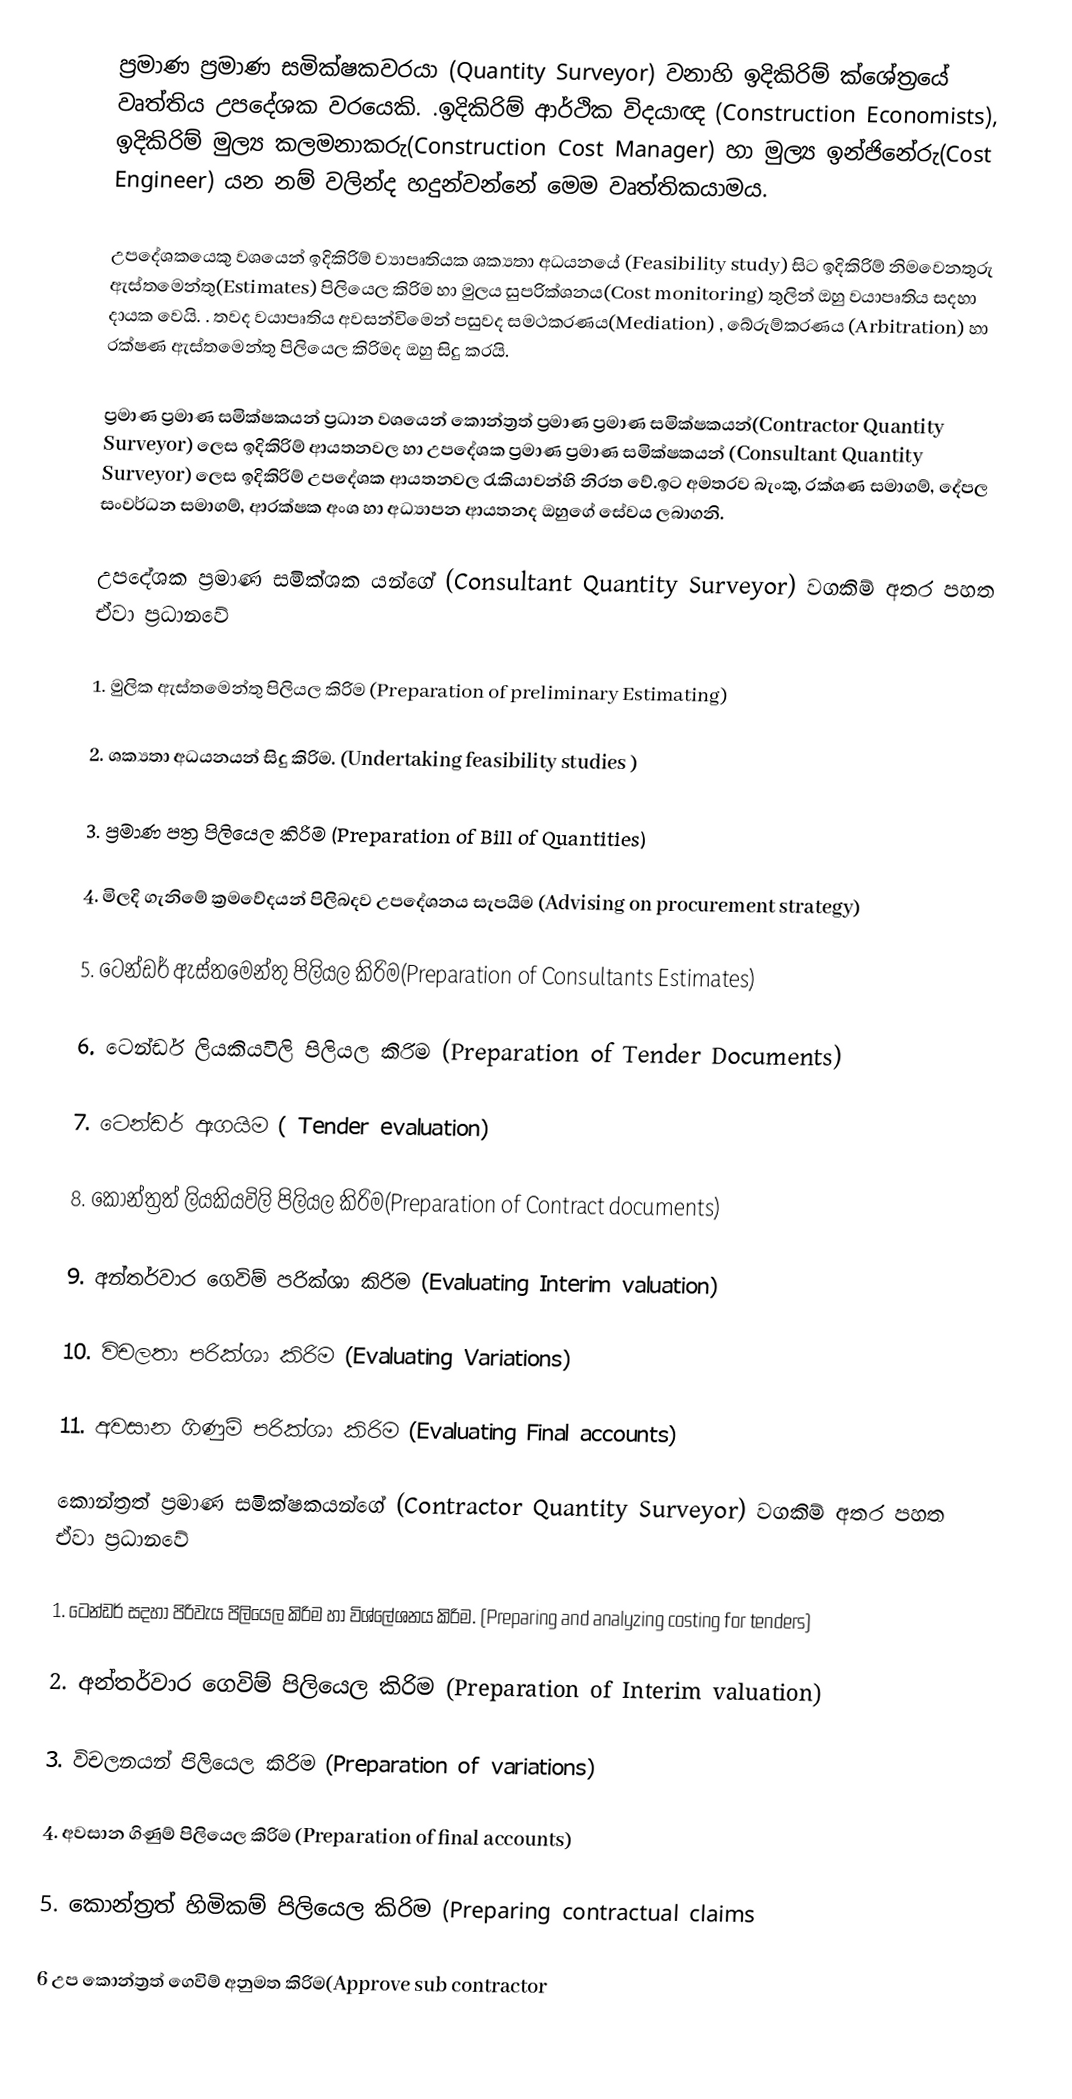
ප්‍රමාණ ප්‍රමාණ සමික්ෂකවරයා (Quantity Surveyor) වනාහි ඉදිකිරිම් ක්ශේත්‍රයේ වෘත්තිය උපදේශක වරයෙකි.    .ඉදිකිරිම් ආර්ථික විදයාඥ  (Construction Economists), ඉදිකිරිම් මුල්‍ය  කලමනාකරු(Construction Cost Manager) හා මුල්‍ය  ඉන්ජිනේරු(Cost Engineer) යන නම් වලින්ද හදුන්වන්නේ මෙම වෘත්තිකයාමය.

උපදේශකයෙකු වශයෙන් ඉදිකිරිම් ව්‍යාපෘතියක ශක්‍යතා අධයනයේ (Feasibility study) සිට ඉදිකිරිම් නිමවෙනතුරු ඇස්තමෙන්තු(Estimates)  පිලියෙල කිරිම හා මුලය සුපරික්ශනය(Cost monitoring)  තුලින් ඔහු වයාපෘතිය සදහා දායක වෙයි.   . තවද වයාපෘතිය අවසන්විමෙන් පසුවද සමථකරණය(Mediation) , බේරුම්කරණය (Arbitration) හා රක්ෂණ ඇස්තමෙන්තු පිලියෙල කිරිමද ඔහු සිදු කරයි.

ප්‍රමාණ ප්‍රමාණ සමික්ෂකයන් ප්‍රධාන වශයෙන් කොන්ත්‍රත් ප්‍රමාණ ප්‍රමාණ සමික්ෂකයන්(Contractor Quantity Surveyor) ලෙස ඉදිකිරිම් ආයතනවල හා උපදේශක ප්‍රමාණ ප්‍රමාණ සමික්ෂකයන් (Consultant Quantity Surveyor) ලෙස ඉදිකිරිම් උපදේශක ආයතනවල රැකියාවන්හි නිරත වේ.ඉට අමතරව බැංකු, රක්ශණ සමාගම්, දේපල සංවර්ධන සමාගම්, ආරක්ෂක අංශ හා අධ්‍යාපන ආයතනද ඔහුගේ සේවය ලබාගනි.

උපදේශක  ප්‍රමාණ සමික්ශක යන්ගේ  (Consultant Quantity Surveyor) වගකිම් අතර පහත ඒවා ප්‍රධානවේ

1.      මුලික ඇස්තමෙන්තු පිලියල කිරිම (Preparation of preliminary Estimating)

2.      ශක්‍යතා අධයනයන් සිදු කිරිම.  (Undertaking feasibility studies )

3.      ප්‍රමාණ පත්‍ර පිලියෙල කිරිම        (Preparation of Bill of Quantities)

4.      මිලදි ගැනිමේ ක්‍රමවේදයන් පිලිබදව උපදේශනය සැපයිම (Advising on procurement strategy)

5.      ටෙන්ඩර් ඇස්තමෙන්තු පිලියල කිරිම(Preparation of Consultants Estimates)

6.      ටෙන්ඩර් ලියකියවිලි පිලියල කිරිම (Preparation of Tender Documents)

7.      ටෙන්ඩර් ඇගයිම ( Tender evaluation)

8.      කොන්ත්‍රත් ලියකියවිලි පිලියල කිරිම(Preparation of Contract documents)

9.      අන්තර්වාර ගෙවිම් පරික්ශා කිරිම (Evaluating Interim valuation)

10.  විචලතා පරික්ශා කිරිම (Evaluating Variations)

11.  අවසාන ගිණුම් පරික්ශා කිරිම (Evaluating Final accounts)

කොන්ත්‍රත් ප්‍රමාණ සමික්ෂකයන්ගේ (Contractor Quantity Surveyor) වගකිම් අතර පහත ඒවා ප්‍රධානවේ

1.      ටෙන්ඩර් සදහා පිරිවැය පිලියෙල කිරිම හා විශ්ලේශනය කිරිම. (Preparing and analyzing costing for tenders)

2.      අන්තර්වාර ගෙවිම් පිලියෙල කිරිම (Preparation of Interim valuation)

3.      විචලනයන් පිලියෙල කිරිම (Preparation of  variations)

4.      අවසාන ගිණුම් පිලියෙල කිරිම  (Preparation of final accounts)

5.      කොන්ත්‍රත් හිමිකම් පිලියෙල කිරිම  (Preparing contractual claims

 6     උප කොන්ත්‍රත් ගෙවිම් අනුමත කිරිම(Approve sub contractor